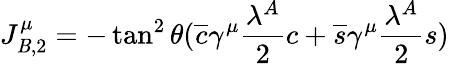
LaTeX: J_{\mathit{B},2}^{\mu}=-\tan^{2}{\theta}(\overline{{{{c}}}}\gamma^{\mu}\frac{{\lambda^{A}}}{{2}}c+\overline{{{{s}}}}\gamma^{\mu}\frac{{\lambda^{A}}}{{2}}s)